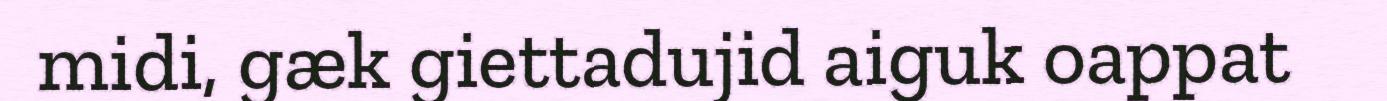
midi, gæk giettadujid aiguk oappat